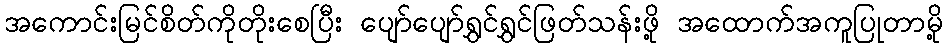
အကောင်းမြင်စိတ်ကိုတိုးစေပြီး ပျော်ပျော်ရွှင်ရွှင်ဖြတ်သန်းဖို့ အထောက်အကူပြုတာမို့